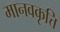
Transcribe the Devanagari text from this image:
मानवकृत्ति